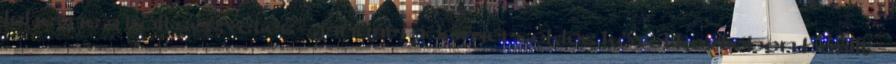
lehetne a költségvetés - januári adómérséklés következtében beállt -